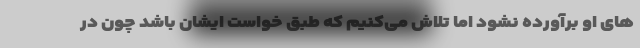
های او برآورده نشود اما تلاش می‌کنیم که طبق خواست ایشان باشد چون در